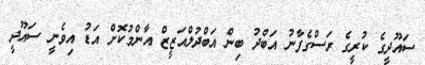
ސައޫދީގެ ކުރީގެ ރަސްގެފާނު އަބްދު ބިން އަބްދުލްއަޒީޒް އާންމުކޮށް އަޑު އިވެނީ ސައޫދީ